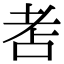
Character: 𦒻